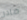
صادر